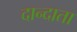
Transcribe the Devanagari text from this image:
दान्दाता